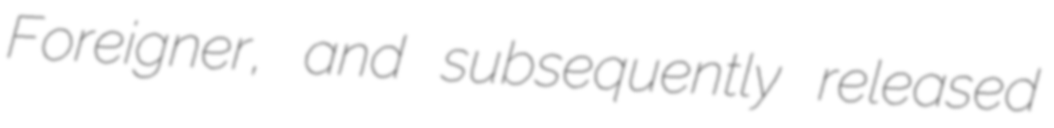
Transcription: Foreigner, and subsequently released